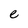
Character: e